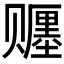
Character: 𬥿